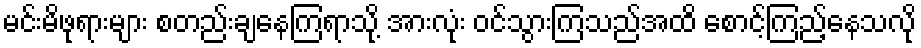
မင်းမိဖုရားများ စတည်းချနေကြရာသို့ အားလုံး ဝင်သွားကြသည်အထိ စောင့်ကြည့်နေသလို